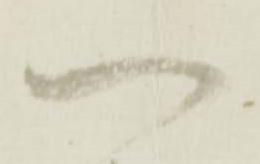
い